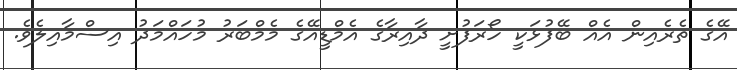
އޭގެ ތެރެއިން އެއް ބޭފުޅަކީ ހޯރަފުށީ ދާއިރާގެ އެމްޑީއޭގެ މެމްބަރު މުހައްމަދު އިސްމާއިލެވެ.